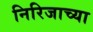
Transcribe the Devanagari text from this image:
निरिजाच्या